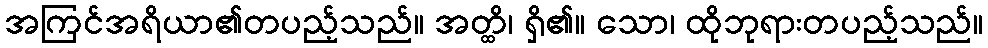
အကြင်အရိယာ၏တပည့်သည်။ အတ္ထိ၊ ရှိ၏။ သော၊ ထိုဘုရားတပည့်သည်။